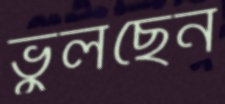
ভুলছেন